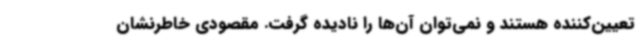
تعیین‌کننده هستند و نمی‌توان آن‌ها را نادیده گرفت. مقصودی خاطرنشان